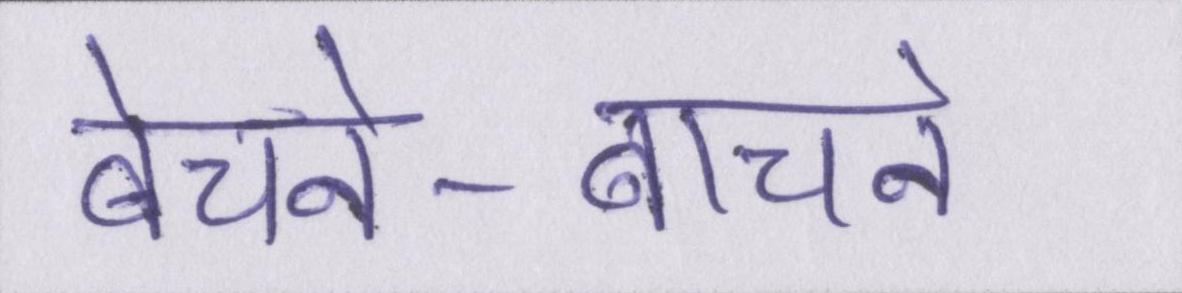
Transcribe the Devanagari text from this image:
बेचने-बाचने